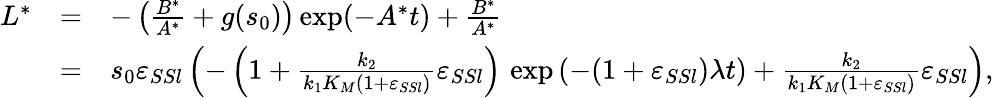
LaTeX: \begin{array}{rcl}{L^{*}}&{=}&{-\left(\frac{B^{*}}{A^{*}}+g(s_{0})\right)\exp(-A^{*}t)+\frac{B^{*}}{A^{*}}}\\ &{=}&{s_{0}\varepsilon_{SSl}\left(-\left(1+\frac{k_{2}}{k_{1}K_{M}(1+\varepsilon_{SSl})}\varepsilon_{SSl}\right)\, \exp{(-(1+\varepsilon_{SSl})\lambda t)}+\frac{k_{2}}{k_{1}K_{M}(1+\varepsilon_{SSl})}\varepsilon_{SSl}\right),}\end{array}